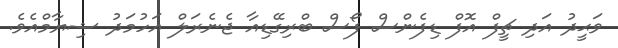
ވަޙީދު އަދި ޗީފް އޮފް ޑިފެންސް ފޯސް ބްރިގޭޑިއާ ޖެނެރަލް އަހުމަދު ޝިޔާމްއެވެ.